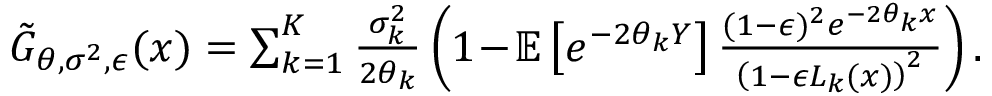
\begin{array} { r } { \tilde { G } _ { \boldsymbol { \theta } , \boldsymbol { \sigma } ^ { 2 } , \epsilon } ( x ) = \sum _ { k = 1 } ^ { K } \frac { \sigma _ { k } ^ { 2 } } { 2 \theta _ { k } } \left( 1 \! - \! { \mathbb { E } } \left[ e ^ { - 2 \theta _ { k } Y } \right] \frac { ( 1 - \epsilon ) ^ { 2 } e ^ { - 2 \theta _ { k } x } } { \left( 1 - \epsilon L _ { k } ( x ) \right) ^ { 2 } } \right) . } \end{array}